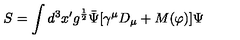
S = \int d ^ { 3 } x ^ { \prime } g ^ { \frac { 1 } { 2 } } { \bar { \Psi } } [ \gamma ^ { \mu } D _ { \mu } + M ( \varphi ) ] \Psi